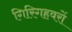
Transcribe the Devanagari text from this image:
गिरिगहवरों